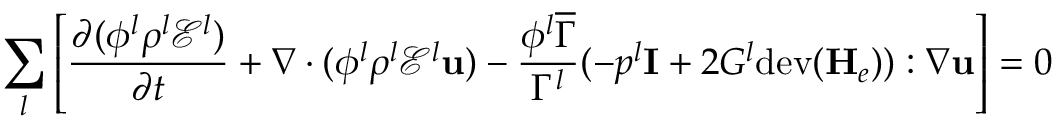
\sum _ { l } \left[ \frac { \partial ( \phi ^ { l } \rho ^ { l } \mathscr { E } ^ { l } ) } { \partial t } + \nabla \cdot ( \phi ^ { l } \rho ^ { l } \mathscr { E } ^ { l } \mathbf { u } ) - \frac { \phi ^ { l } \overline { { \Gamma } } } { \Gamma ^ { l } } ( - p ^ { l } \mathbf { I } + 2 G ^ { l } \mathrm { d e v } ( \mathbf { H } _ { e } ) ) : \nabla \mathbf { u } \right] = 0